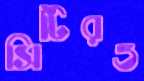
সিটিরও